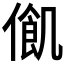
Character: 𠍃